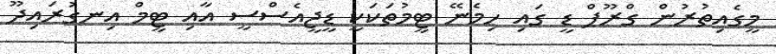
މީގެއިތުރުން ގްރޫޕް ޑީ ގައި ހިމެނޭ ޓީމުތަކަކީ ޑީޖީއެސްސީ އާއި ޓީމް އިނގުރައިދޫ